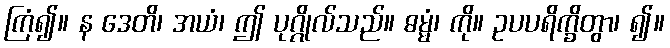
ကြံ၍။ န ဒေတိ၊ အယံ၊ ဤ ပုဂ္ဂိုလ်သည်။ ဓမ္မံ၊ ကို။ ဥပပရိက္ခိတွာ၊ ၍။